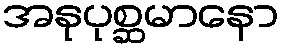
အနုပုစ္ဆမာနော